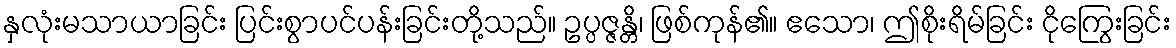
နှလုံးမသာယာခြင်း ပြင်းစွာပင်ပန်းခြင်းတို့သည်။ ဥပ္ပဇ္ဇန္တိ၊ ဖြစ်ကုန်၏။ ဧသော၊ ဤစိုးရိမ်ခြင်း ငိုကြွေးခြင်း